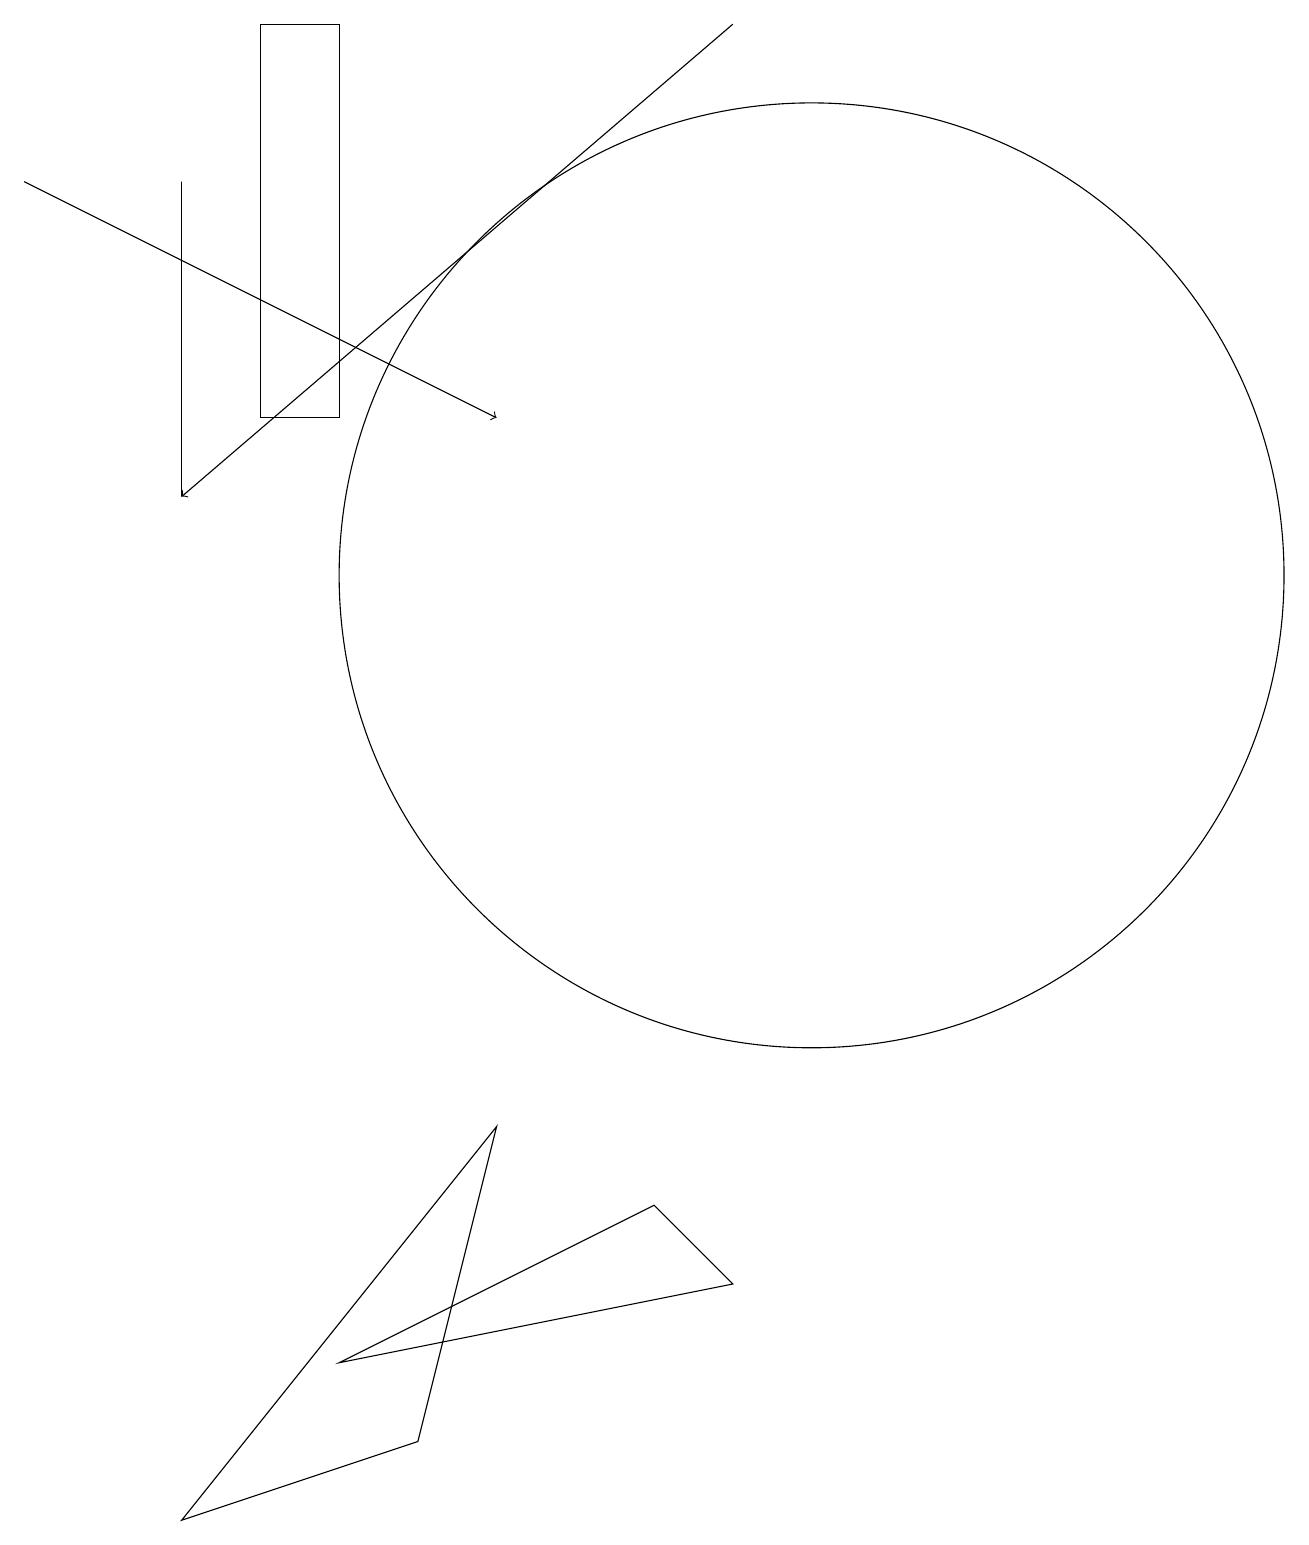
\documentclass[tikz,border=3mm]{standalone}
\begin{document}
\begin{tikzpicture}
\draw (10,12) circle (6);
\draw (8,4) -- (9,3) -- (4,2) -- cycle;
\draw (2,17) rectangle (2,13);
\draw[->] (0,17) -- (6,14);
\draw (11,12) circle (0);
\draw[->] (9,19) -- (2,13);
\draw (3,14) rectangle (4,19);
\draw (5,1) -- (6,5) -- (2,0) -- cycle;
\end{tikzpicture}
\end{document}